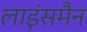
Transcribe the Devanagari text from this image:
लाइंसमैन